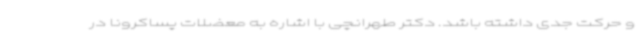
و حرکت جدی داشته باشد. دکتر طهرانچی با اشاره به معضلات پساکرونا در